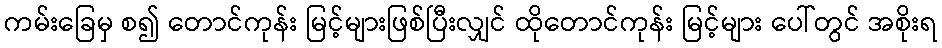
ကမ်းခြေမှ စ၍ တောင်ကုန်း မြင့်များဖြစ်ပြီးလျှင် ထိုတောင်ကုန်း မြင့်များ ပေါ်တွင် အစိုးရ